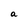
Character: a